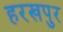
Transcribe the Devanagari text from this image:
हरखपुर